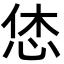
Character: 恷